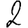
Digit: 2